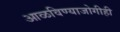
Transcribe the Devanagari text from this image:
आळविण्याजोगीही